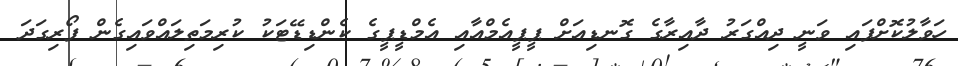
ހަވާލުކޮށްފައި ވަނީ ދިއްގަރު ދާއިރާގެ ގޮނޑިއަށް ޕީޕީއެމްއާއި އެމްޑީޕީގެ ކެންޑިޑޭޓަކު ކުރިމަތިލައްވައިގެން ފޯރިގަދަ